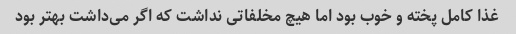
غذا کامل پخته و خوب بود اما هیچ مخلفاتی نداشت که اگر می‌داشت بهتر بود